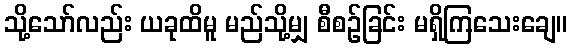
သို့သော်လည်း ယခုထိမူ မည်သို့မျှ စီစဉ်ခြင်း မရှိကြသေးချေ။